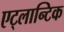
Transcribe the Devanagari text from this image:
एट्लान्टिक